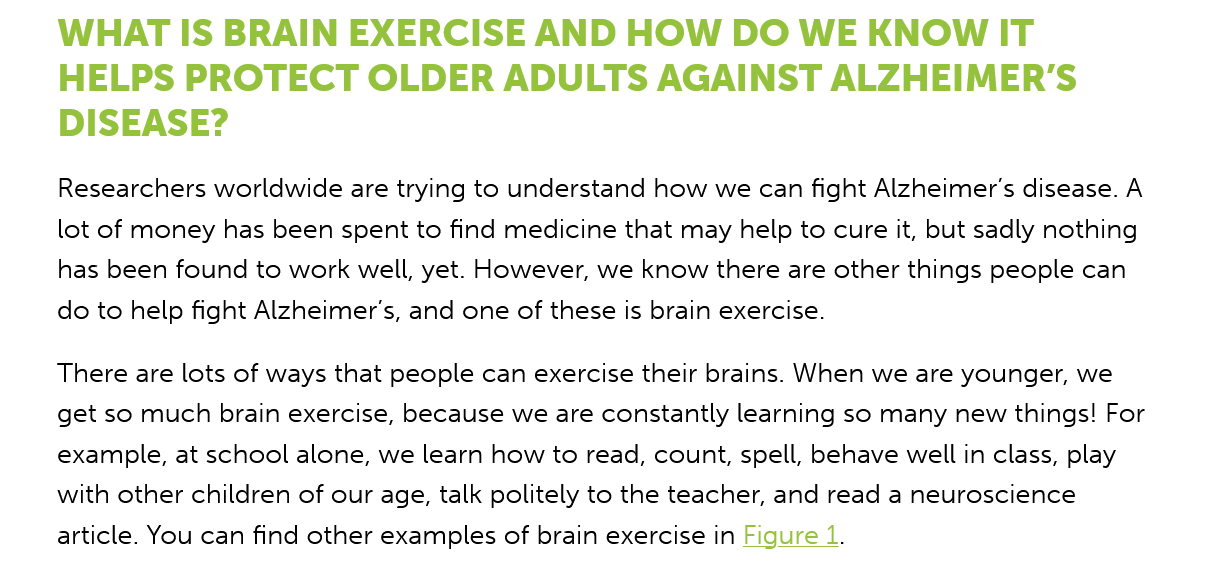
WHAT   IS   BRAIN    EXERCISE    AND   HOW    DO  WE   KNOW  IT
     HELPS   PROTECT    OLDER    ADULTS    AGAINST    ALZHEIMER'S
     DISEASE?
     Researchers worldwide are trying to understand how we can fight Alzheimer’s disease. A
     lot of money has been spent to find medicine that may help to cure it, but sadly nothing
     has been found to work well, yet. However, we know there are other things people can
    do to help fight Alzheimer’s, and one of these is brain exercise.
    There are lots of ways that people can exercise their brains. When we are younger, we
    get so much brain exercise, because we are constantly learning so many new things! For
    example, at school alone, we learn how to read, count, spell, behave well in class, play
    with other children of our age, talk politely to the teacher, and read a neuroscience
    article. You can find other examples of brain exercise in Figure
     1.